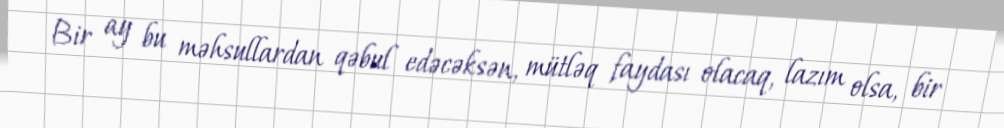
Bir ay bu məhsullardan qəbul edəcəksən, mütləq faydası olacaq, lazım olsa, bir